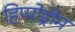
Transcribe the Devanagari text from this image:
हिप्पोड्रोम